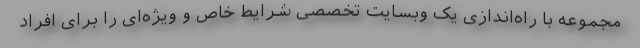
مجموعه با راه‌اندازی یک وبسایت تخصصی شرایط خاص و ویژه‌ای را برای افراد